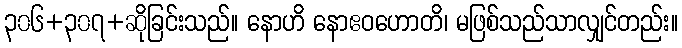
၃၀၆+၃၀၇+ဆိုခြင်းသည်။ နောဟိ နောဧဝဟောတိ၊ မဖြစ်သည်သာလျှင်တည်း။